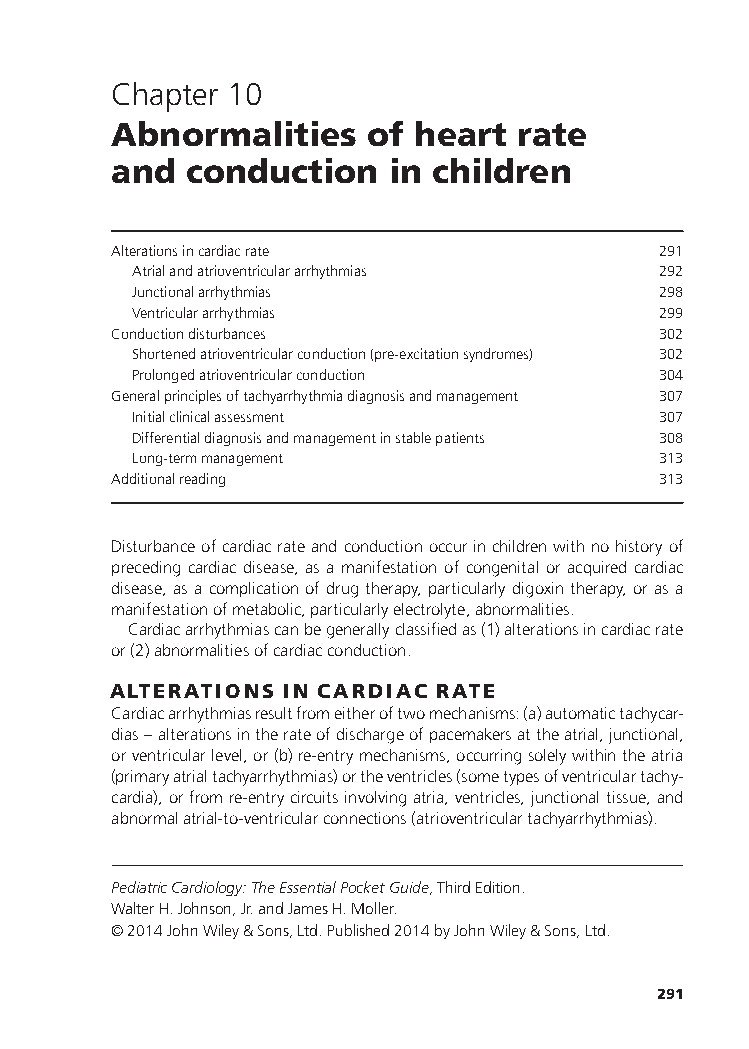
Chapter 10
 Abnormalities    of heart  rate
 and  conduction   in children
 Alterationsincardiacrate            291
 Atrialandatrioventriculararrhythmias 292
 Junctionalarrhythmias              298
 Ventriculararrhythmias             299
 Conductiondisturbances              302
 Shortenedatrioventricularconduction(pre-excitationsyndromes) 302
 Prolongedatrioventricularconduction 304
 Generalprinciplesoftachyarrhythmiadiagnosisandmanagement 307
 Initialclinicalassessment          307
 Differentialdiagnosisandmanagementinstablepatients 308
 Long-termmanagement                313
 Additionalreading                   313
 Disturbanceofcardiacrateandconductionoccurinchildrenwithnohistoryof
 preceding cardiac disease, as a manifestation of congenital or acquired cardiac
 disease,asacomplicationofdrugtherapy,particularlydigoxintherapy,orasa
 manifestationofmetabolic,particularlyelectrolyte,abnormalities.
 Cardiacarrhythmiascanbegenerallyclassifiedas(1)alterationsincardiacrate
 or(2)abnormalitiesofcardiacconduction.
 ALTERATIONS IN CARDIAC RATE
 Cardiacarrhythmiasresultfromeitheroftwomechanisms:(a)automatictachycar-
 dias–alterationsintherateofdischargeofpacemakersattheatrial,junctional,
 orventricularlevel,or(b)re-entrymechanisms,occurringsolelywithintheatria
 (primaryatrialtachyarrhythmias)ortheventricles(sometypesofventriculartachy-
 cardia),orfromre-entrycircuitsinvolvingatria,ventricles,junctionaltissue,and
 abnormalatrial-to-ventricularconnections(atrioventriculartachyarrhythmias).
 PediatricCardiology:TheEssentialPocketGuide,ThirdEdition.
 WalterH.Johnson,Jr.andJamesH.Moller.
 ©2014JohnWiley&Sons,Ltd.Published2014byJohnWiley&Sons,Ltd.
 291